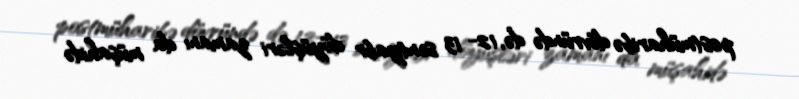
postmüharibə dövründə də, 12- 13 sentyabr döyüşləri zamanı da müşahidə